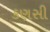
કણસી